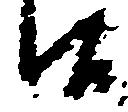
候